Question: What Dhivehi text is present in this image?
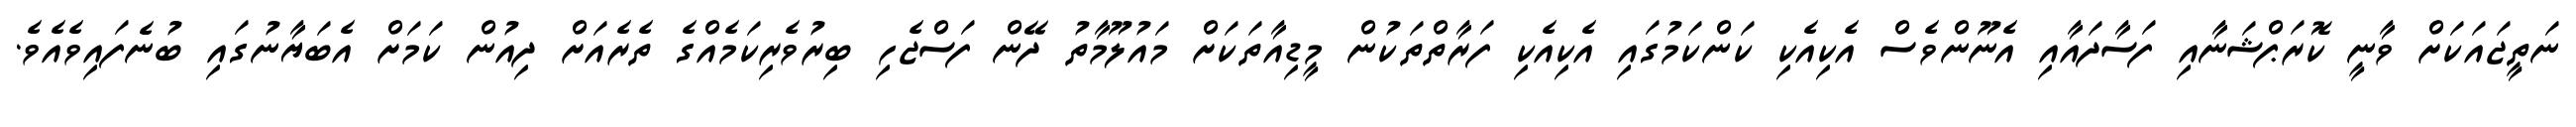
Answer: ނަތީޖައަކަށް ވާނީ ކޮރަޕްޝަނާއި ފަސާދައާއި އެނޫންވެސް އެކިއެކި ކަންކަމުގައި އެކިއެކި ފަރާތްތަކުން މީޑިއާތަކަށް މައުލޫމާތު ދޭން ފަސްޖެހި ބިރުވެރިކަމެއްގެ ތެރެއަށް ދިއުން ކަމަށް އެބަޔާނުގައި ބުނެފައިވެއެވެ.